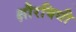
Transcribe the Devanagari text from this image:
क्षौरविधी